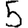
Digit: 5